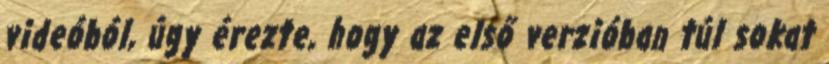
videóból, úgy érezte, hogy az első verzióban túl sokat